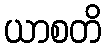
ယာစတိ